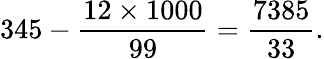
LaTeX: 345-{\frac{12\times 1000}{99}}={\frac{7385}{33}}.